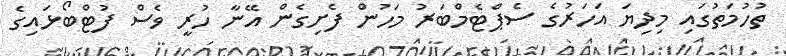
ތުހުމަތުގައި މިދިޔަ އަހަރުގެ ސެޕްޓެމްބަރު މަހުން ފެށިގެން އޭނާ ހުރީ ވެސް ފުޓްބޯޅައިގެ